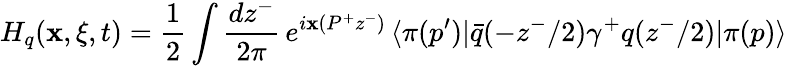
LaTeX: H_{q}(\mathbf{x},\xi,t)=\frac{{1}}{{2}}\int\frac{{dz^{-}}}{{2\pi}}\, e^{i\mathbf{x}(P^{+}z^{-})}\, \langle\pi(p^{\prime})|\bar{{q}}(-z^{-}/2)\gamma^{+}q(z^{-}/2)|\pi(p)\rangle